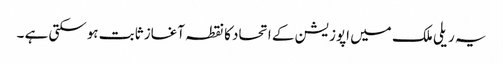
یہ ریلی ملک میں اپوزیشن کے اتحاد کا نقطہ آغاز ثابت ہوسکتی ہے ۔